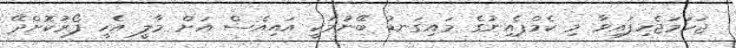
ޖަހަމަޖެހިފައިވާ މި ކެމްޕެއިނުގެ މައިގަނޑު ބޭނުމަކީ އައިއެސް އަށް މާލީ އެހީ ފޯރުކޮށްދޭ